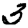
Digit: 3